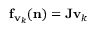
{ \bf f } _ { { \bf v } _ { k } } ( { \bf n } ) = { \bf J } { \bf v } _ { k }